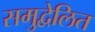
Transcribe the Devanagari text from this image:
समुद्वेलित